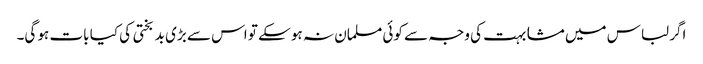
اگر لباس میں مشابہت کی وجہ سے کوئی مسلمان نہ ہو سکے تو اس سے بڑی بد بختی کی کیا بات ہو گی۔